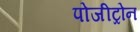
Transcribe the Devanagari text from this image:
पोजीट्रोन